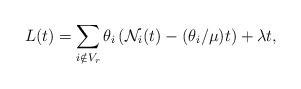
LaTeX: \begin{align*} L(t)=\sum_{i\notin V_r} \theta_i\left(\mathcal{N}_i(t)- (\theta_i/\mu)t\right)+\lambda t, \end{align*}